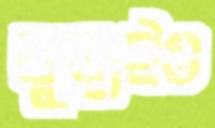
বুড়াইও